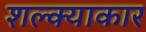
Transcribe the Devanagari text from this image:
शल्क्याकार